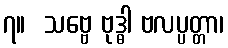
၇။  သဗ္ဗေ ဗုဒ္ဓါ ဗလပ္ပတ္တာ၊